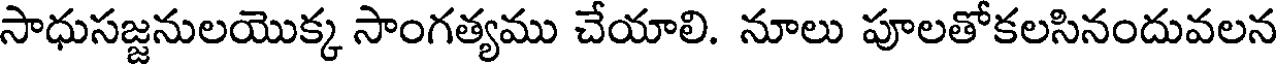
సాధుసజ్జనులయొక్క సాంగత్యము చేయాలి. నూలు పూలతోకలసినందువలన